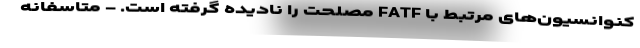
کنوانسیون‌های مرتبط با FATF مصلحت را نادیده گرفته است. - متاسفانه